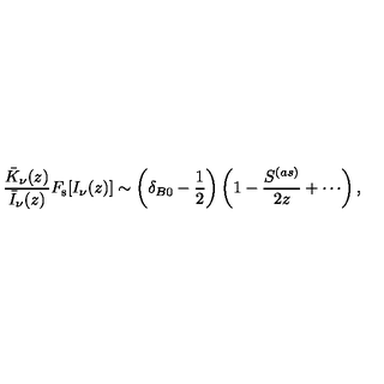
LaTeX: \frac { \bar { K } _ { \nu } ( z ) } { \bar { I } _ { \nu } ( z ) } F _ { \mathrm { s } } [ I _ { \nu } ( z ) ] \sim \left( \delta _ { B 0 } - \frac { 1 } { 2 } \right) \left( 1 - \frac { S ^ { ( a s ) } } { 2 z } + \cdots \right) ,